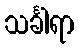
သင်္ခါရာ